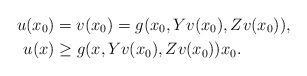
LaTeX: \begin{align*} u(x_0) &= v(x_0) = g(x_0,Yv (x_0),Zv(x_0)),\\\quad u(x) &\geq g(x,Yv (x_0),Zv(x_0)) x_0. \end{align*}